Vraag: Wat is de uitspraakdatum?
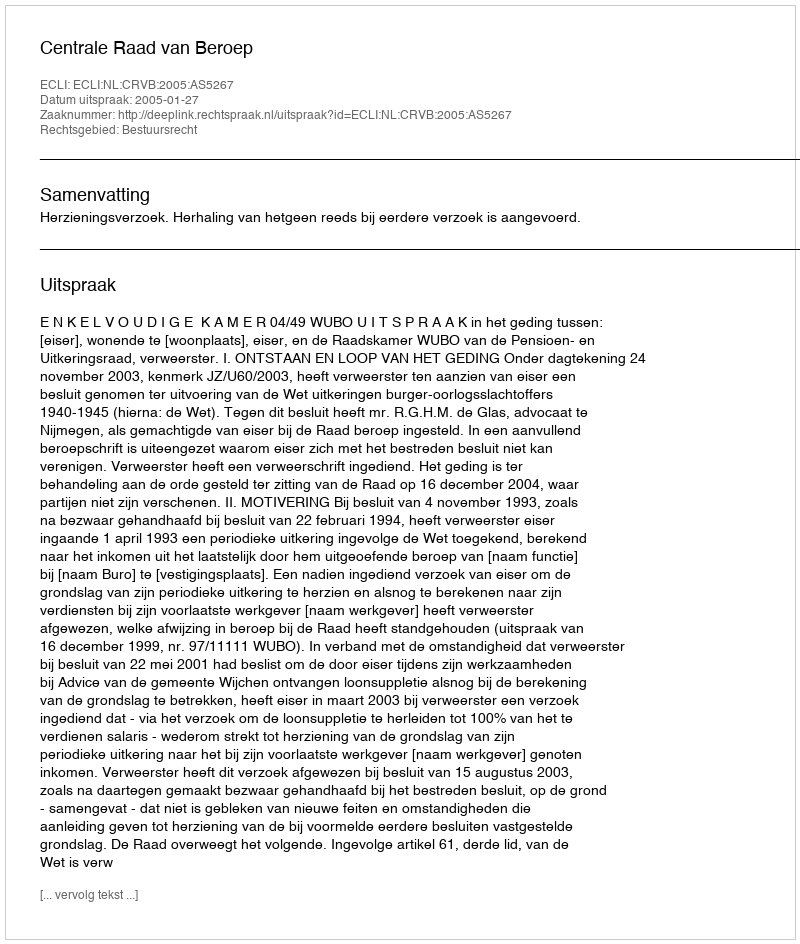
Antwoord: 2005-01-27